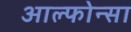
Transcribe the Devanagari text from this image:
आल्फोन्सा